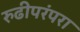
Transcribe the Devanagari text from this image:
रुढीपरंपरा